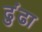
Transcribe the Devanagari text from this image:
ढुंढा